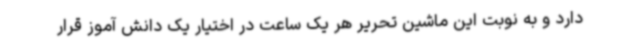
دارد و به نوبت این ماشین تحریر هر یک ساعت در اختیار یک دانش آموز قرار